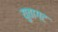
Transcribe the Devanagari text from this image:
युवागट